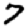
Digit: 7